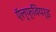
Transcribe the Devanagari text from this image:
ऍल्फ्वियर्ड